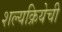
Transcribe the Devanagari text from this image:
शल्यक्रियेची